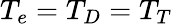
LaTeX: T_{e}=T_{D}=T_{T}